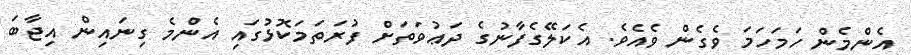
އެންމެން ހަމަހަމަ ވެގެން ވެއެވެ. އެކަލޭގެފާނުގެ ދަޢުވަތަށް ފުރަތަމަކޮޅުގައި އެންމެ ގިނައިން އިޖާބަ